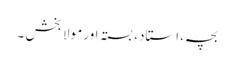
بچہ، استاد، بستہ اور مولا بخش ۔